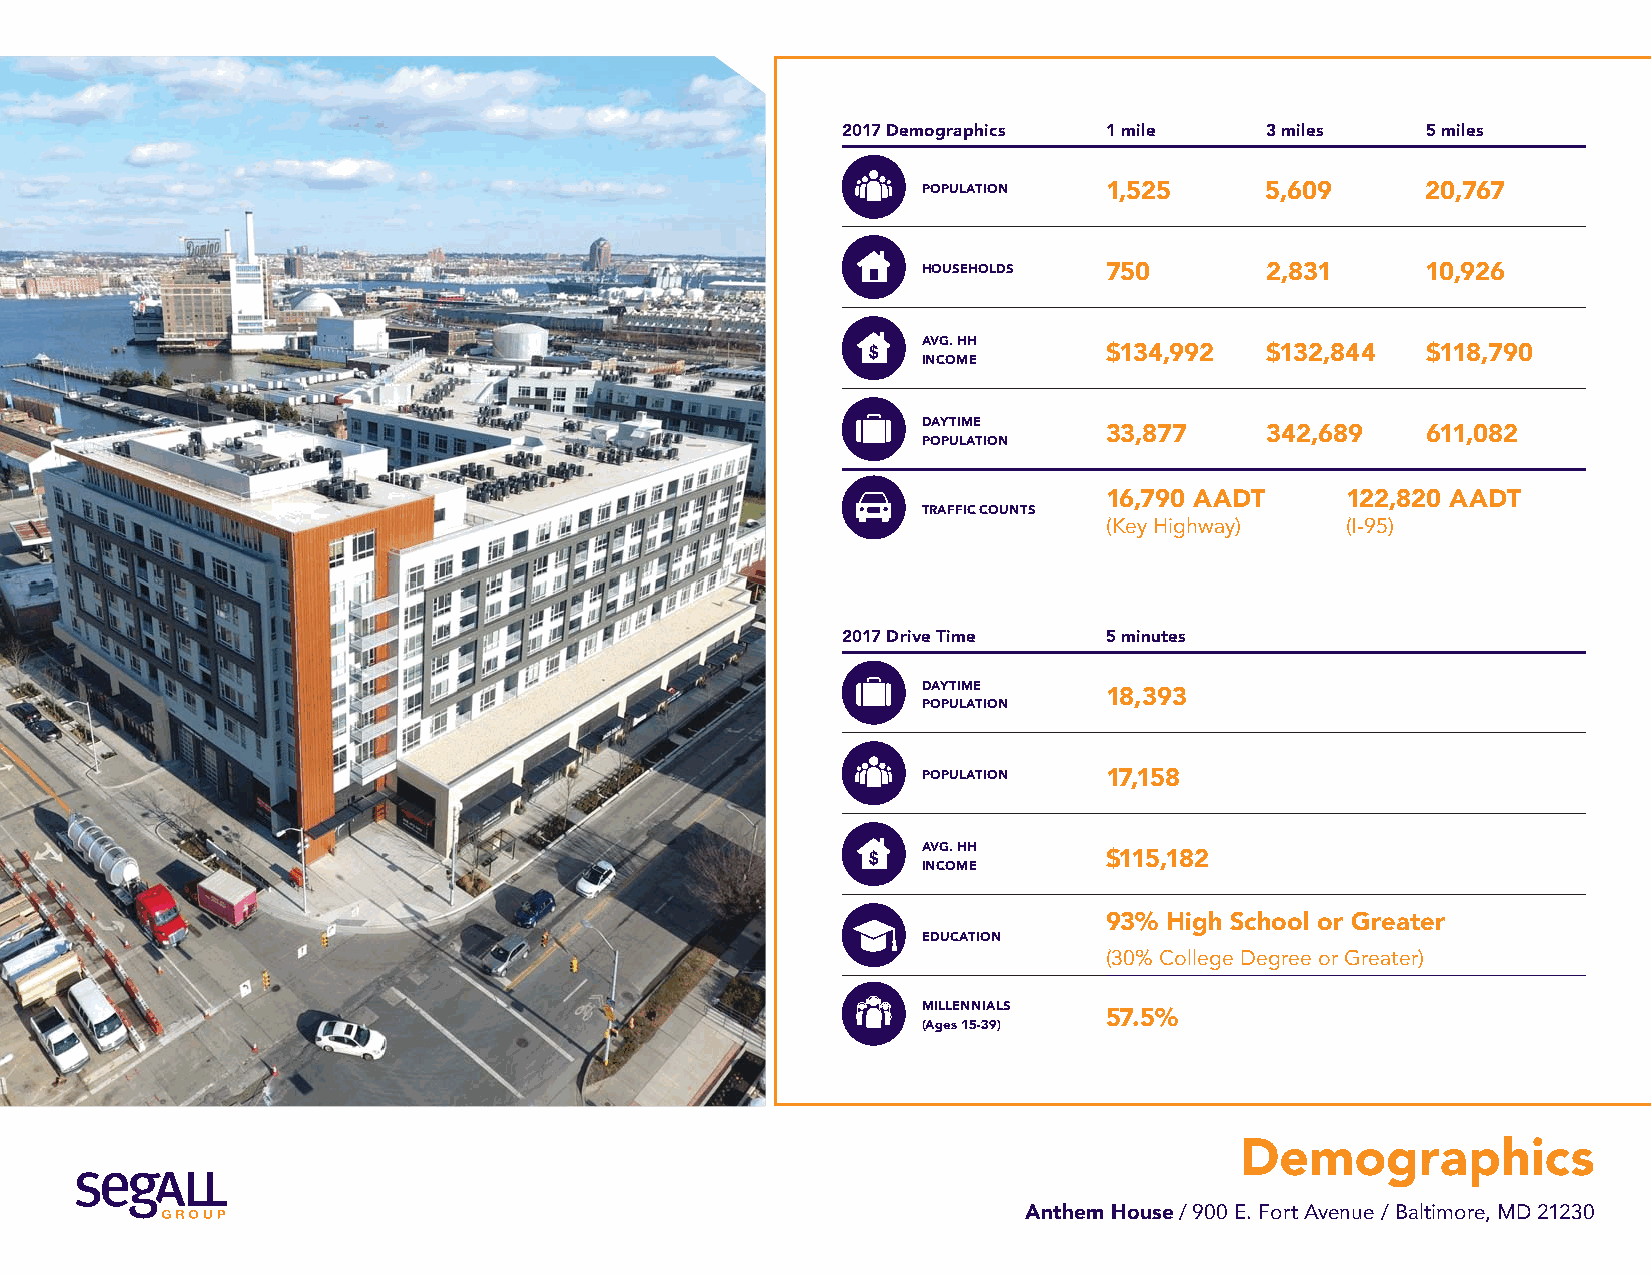
2017 Demographics 1 mile    3 miles   5 miles
 POPULATION  1,525      5,609     20,767
 HOUSEHOLDS  750        2,831     10,926
 AVG. HH
 $134,992   $132,844  $118,790
 INCOME
 DAYTIME
 33,877     342,689   611,082
 POPULATION
 16,790 AADT     122,820 AADT
 TRAFFIC COUNTS
 (Key Highway)   (I-95)
 2017 Drive Time  5 minutes
 DAYTIME
 18,393
 POPULATION
 POPULATION  17,158
 AVG. HH
 $115,182
 INCOME
 93% High School or Greater
 EDUCATION
 (30% College Degree or Greater)
 MILLENNIALS
 57.5%
 (Ages 15-39)
 Demographics
 Anthem House / 900 E. Fort Avenue / Baltimore, MD 21230